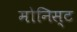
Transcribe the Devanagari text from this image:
मोनिस्ट